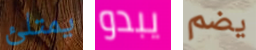
يمتلئ يبدو يضم